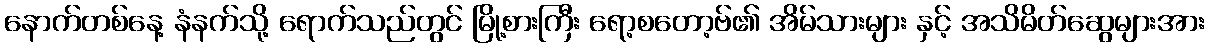
နောက်တစ်နေ့ နံနက်သို့ ရောက်သည်တွင် မြို့စားကြီး ရော့စတော့ဗ်၏ အိမ်သားများ နှင့် အသိမိတ်ဆွေများအား